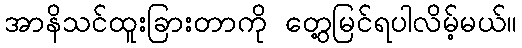
အာနိသင်ထူးခြားတာကို တွေ့မြင်ရပါလိမ့်မယ်။